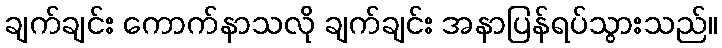
ချက်ချင်း ကောက်နာသလို ချက်ချင်း အနာပြန်ရပ်သွားသည်။